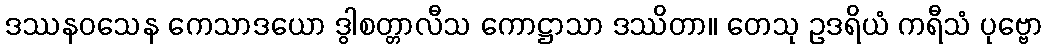
ဒဿနဝသေန ကေသာဒယော ဒွါစတ္တာလီသ ကောဋ္ဌာသာ ဒဿိတာ။ တေသု ဥဒရိယံ ကရီသံ ပုဗ္ဗော